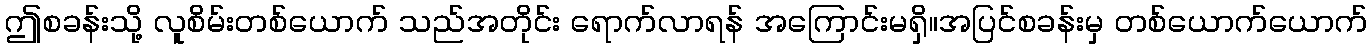
ဤစခန်းသို့ လူစိမ်းတစ်ယောက် သည်အတိုင်း ရောက်လာရန် အကြောင်းမရှိ။အပြင်စခန်းမှ တစ်ယောက်ယောက်